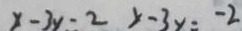
x - 3 y = 2 y - 3 y = - 2